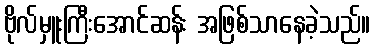
ဗိုလ်မှူးကြီးအောင်ဆန်း အဖြစ်သာနေခဲ့သည်။